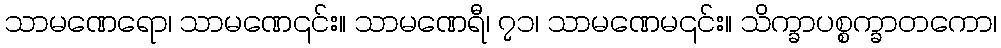
သာမဏေရော၊ သာမဏေ၎င်း။ သာမဏေရီ၊ ၇၁၊ သာမဏေမ၎င်း။ သိက္ခာပစ္စက္ခာတကော၊